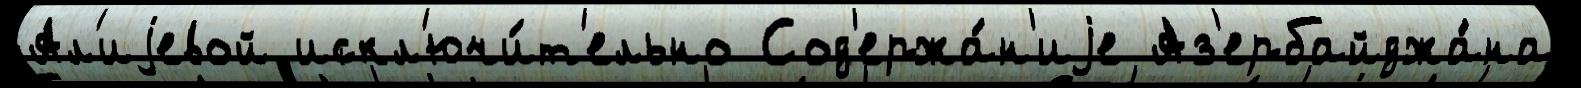
Ал'иjевой искл'ючи́т'ельно Сод'ержа́н'иjе Аз'ербайджа́на